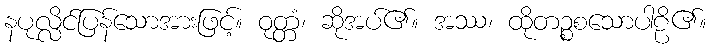
နပုလ္လိင်ပြန်သောအားဖြင့်။ ဝုတ္တံ၊ ဆိုအပ်၏။ အဿ၊ ထိုတဉ္စစသောပါဠိ၏။